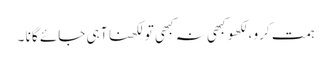
ہمت کرو ،لکھو کبھی نہ کبھی تو لکھنا آ ہی جائے گا نا ۔